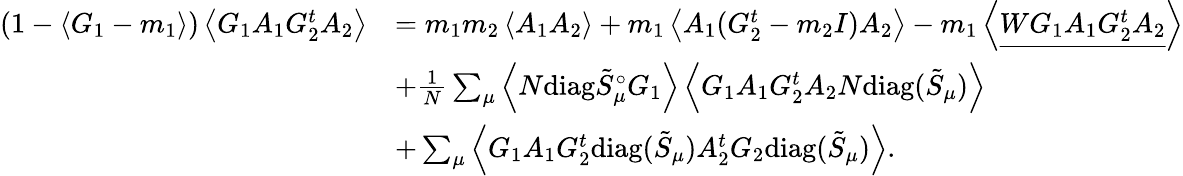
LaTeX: \begin{array}{rl}{\left(1-\left\langle{G_{1}-m_{1}}\right\rangle\right)\left\langle{G_{1}A_{1}G_{2}^{t}A_{2}}\right\rangle}&{=m_{1}m_{2}\left\langle{A_{1}A_{2}}\right\rangle+m_{1}\left\langle{A_{1}(G_{2}^{t}-m_{2}I)A_{2}}\right\rangle-m_{1}\left\langle{\underline{{WG_{1}A_{1}G_{2}^{t}A_{2}}}}\right\rangle}\\ &{+\frac{1}{N}\sum_{\mu}\left\langle{N\mathrm{diag}\tilde{S}_{\mu}^{\circ}G_{1}}\right\rangle\left\langle{G_{1}A_{1}G_{2}^{t}A_{2}N\mathrm{diag}(\tilde{S}_{\mu})}\right\rangle}\\ &{+\sum_{\mu}\left\langle{G_{1}A_{1}G_{2}^{t}\mathrm{diag}(\tilde{S}_{\mu})A_{2}^{t}G_{2}\mathrm{diag}(\tilde{S}_{\mu})}\right\rangle.}\end{array}